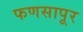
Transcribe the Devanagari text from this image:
फणसापूर